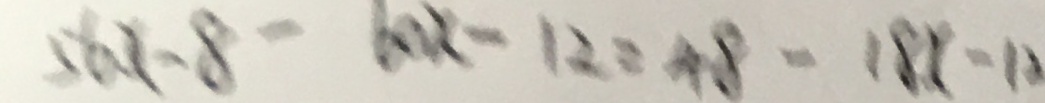
5 6 x - 8 - 6 0 x - 1 2 = 4 8 - 1 8 x - 1 2